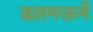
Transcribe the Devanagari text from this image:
डलमऊमें